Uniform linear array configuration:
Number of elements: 16
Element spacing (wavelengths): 0.25
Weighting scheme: binomial
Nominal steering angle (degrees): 60
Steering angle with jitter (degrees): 61.03
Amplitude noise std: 0.05
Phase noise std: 0.05

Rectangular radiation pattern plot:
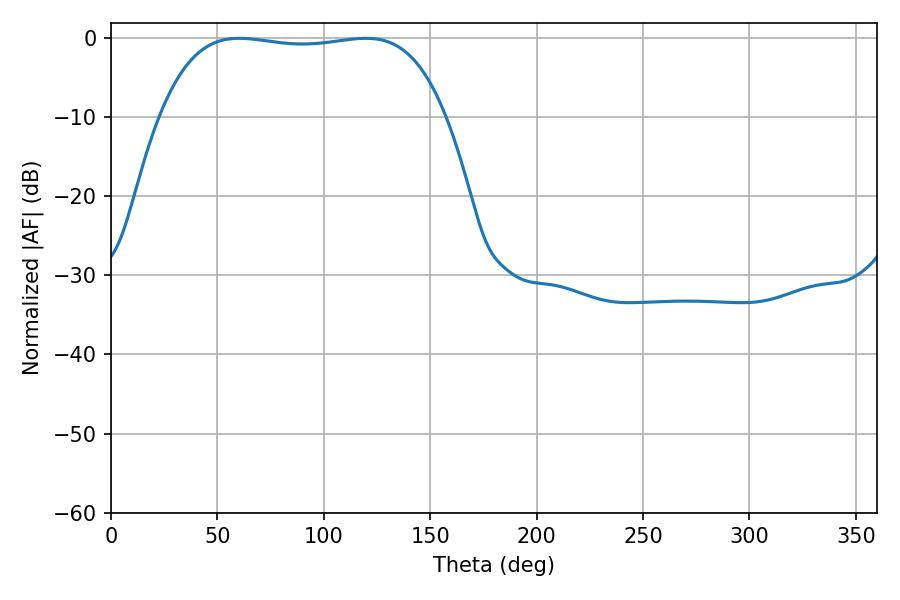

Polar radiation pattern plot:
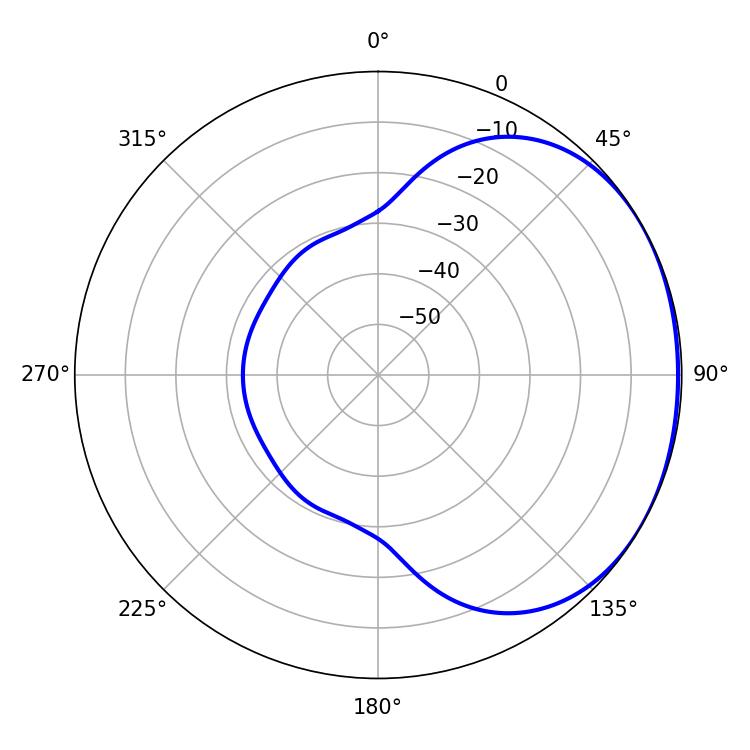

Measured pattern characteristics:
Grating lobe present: FALSE
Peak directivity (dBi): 1.249
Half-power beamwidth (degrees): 106.2
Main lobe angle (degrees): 60.3